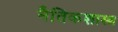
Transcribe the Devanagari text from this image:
नैतिकशास्त्र